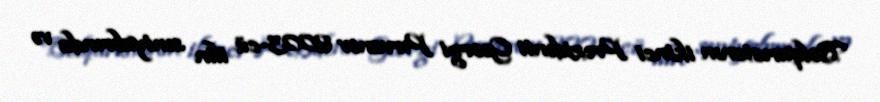
Bolqarıstanın ikinci Prezidenti Georgi Pırvanov 2003-cü ilin sentyabrında və